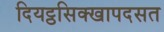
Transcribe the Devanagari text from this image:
दियट्ठसिक्खापदसत